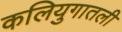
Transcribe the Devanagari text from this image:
कलियुगातली